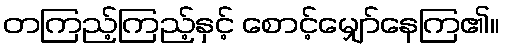
တကြည့်ကြည့်နှင့် စောင့်မျှော်နေကြ၏။